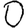
Digit: 0